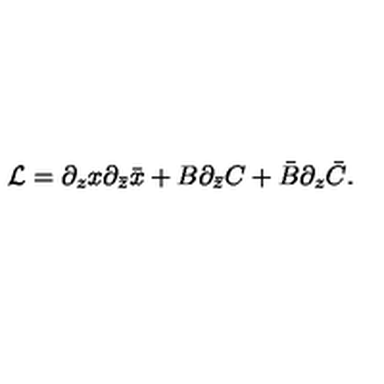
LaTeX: { \cal L } = \partial _ { z } x \partial _ { \bar { z } } \bar { x } + B \partial _ { \bar { z } } C + \bar { B } \partial _ { z } \bar { C } .